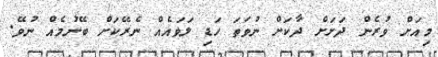
މިއަށް ވުރެން ދަށަށް ދާކަށް ނުވަތަ ހަޑި ލަވައެއް ނެރޭކަށް ބޭނުމެއް ނުވޭ.